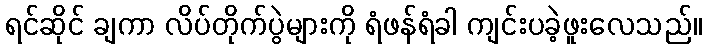
ရင်ဆိုင် ချကာ လိပ်တိုက်ပွဲများကို ရံဖန်ရံခါ ကျင်းပခဲ့ဖူးလေသည်။